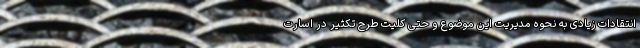
انتقادات زیادی به نحوه مدیریت این موضوع و حتی کلیت طرح تکثیر در اسارت